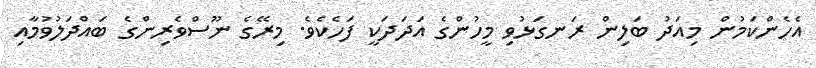
އެހެންކަމުން މިއަދު ބަލިން ރަނގަޅުވި މީހުންގެ އަދަދަކީ ފަހެކެވެ. މިރޭގެ ނޫސްވެރިންގެ ބައްދަލުވުމާއި